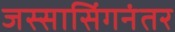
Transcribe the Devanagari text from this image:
जस्सासिंगनंतर